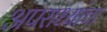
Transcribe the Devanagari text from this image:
अपराध्यांचा